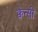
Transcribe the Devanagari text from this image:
क्वेन्सी